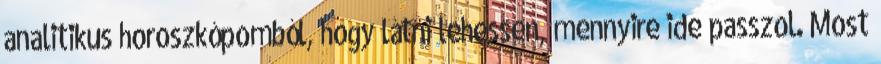
analitikus horoszkópomból, hogy látni lehessen, mennyire ide passzol. Most